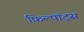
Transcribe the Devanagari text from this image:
फ़िल्पॉट्स